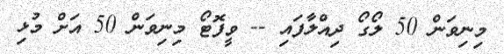
މިނިވަން 50 ލޯގޯ ދިއްލާފައި -- ވީފޮޓޯ މިނިވަން 50 އަށް މުޅި